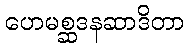
ဟေမစ္ဆဒနဆာဒိတာ